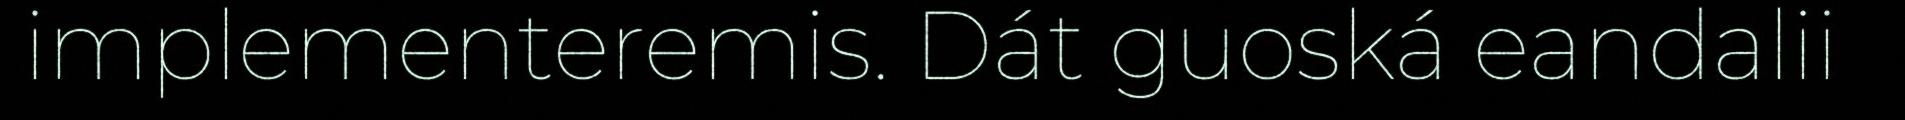
implementeremis. Dát guoská eandalii